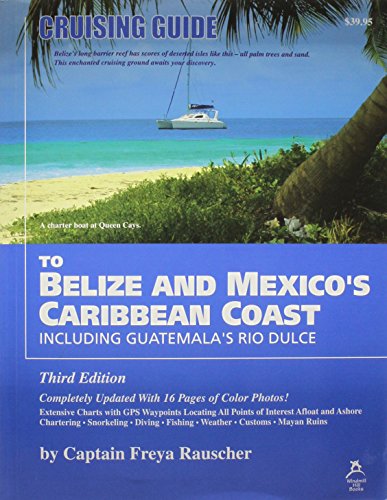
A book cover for Cruising Guide to Belize and Mexico's Caribbean Coast, Including Guatemala's Rio Dulce; Captain Freya Rauscher; Sports & Outdoors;